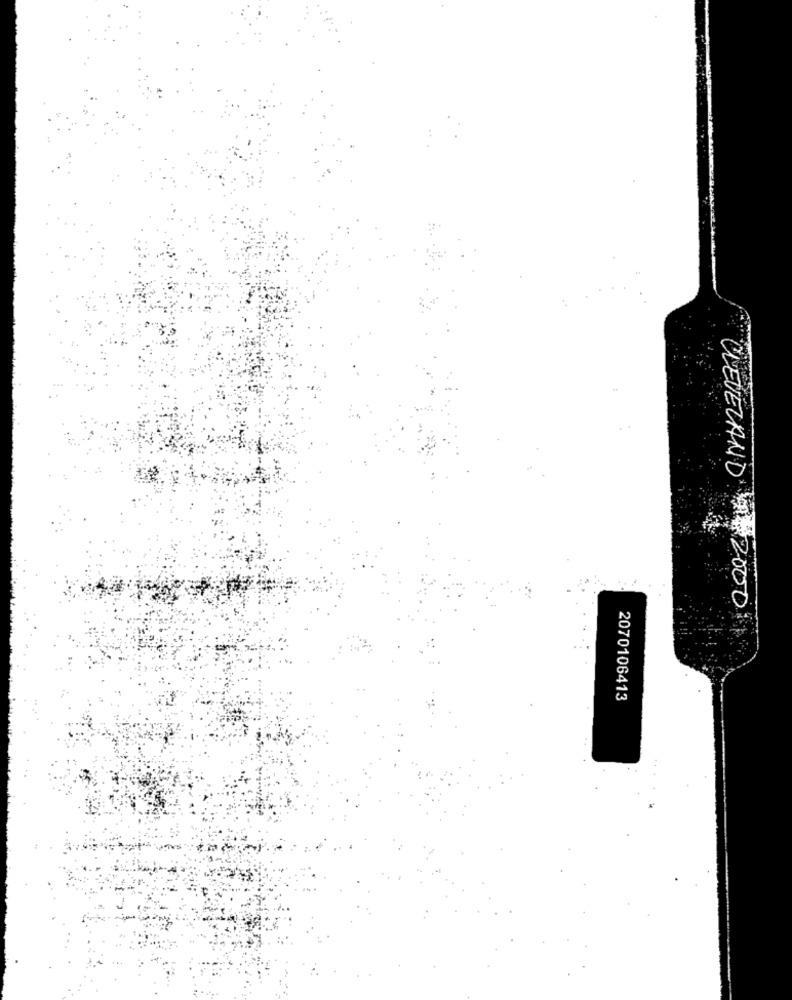
CLEVELAND 2000
2070106413